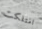
امتلكت